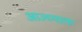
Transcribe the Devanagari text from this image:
आज्च्याला